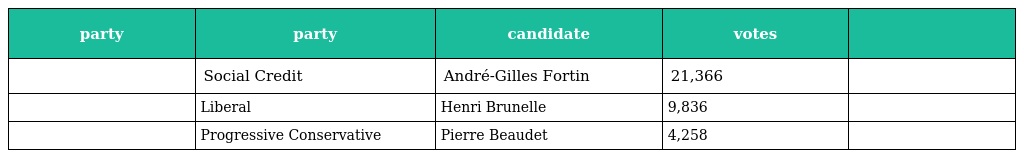
| party | party | candidate | votes |  |
 | --- | --- | --- | --- | --- |
 |  | Social Credit | André-Gilles Fortin | 21,366 |  |
 |  | Liberal | Henri Brunelle | 9,836 |  |
 |  | Progressive Conservative | Pierre Beaudet | 4,258 |  |